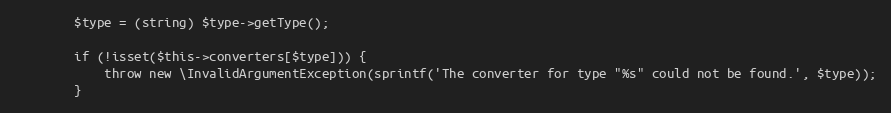
Language: PHP
        $type = (string) $type->getType();

        if (!isset($this->converters[$type])) {
            throw new \InvalidArgumentException(sprintf('The converter for type "%s" could not be found.', $type));
        }